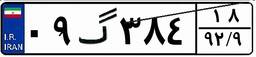
۰۹گ۳۸۴۱۸